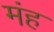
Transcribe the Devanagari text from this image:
मंह